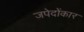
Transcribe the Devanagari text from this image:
जपेदोंकार